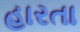
હારતા